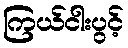
ကြယ်ငါးပွင့်